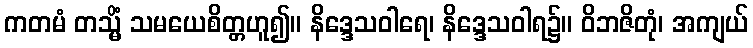
ကတမံ တသ္မိံ သမယေစိတ္တဟူ၍။ နိဒ္ဒေသဝါရေ၊ နိဒ္ဒေသဝါရ၌။ ဝိဘဇိတုံ၊ အကျယ်